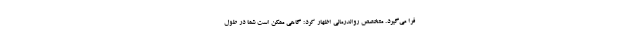
فرا می‌گیرد. متخصص رواندرمانی اظهار کرد: گاهی ممکن است شما در طول